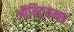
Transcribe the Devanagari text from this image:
ऑस्ट्रियन्स